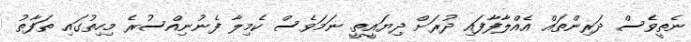
ނެތީވެސް ދަރިންތައް އެއްލާފާފައި ދުރަށް ދިޔައީތީ. ނަމަވެސް ކެމިލާ ފެނުނިއްސުރެ މިހިތުގައި ތަފާތު